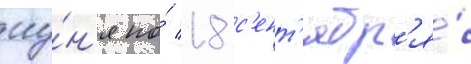
иу́н'я по́ 18 с'ент'ябр'я́